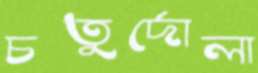
চতুর্দোলা